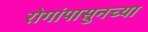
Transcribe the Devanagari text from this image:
रोगांपासुनच्या